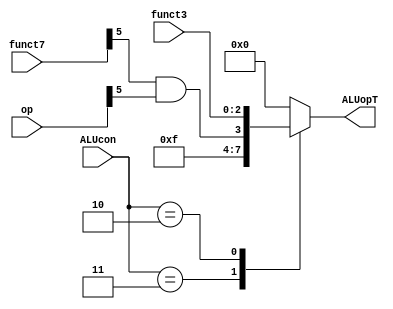
//
module alu_decoder(op,funct3,funct7,ALUcon,ALUopT);
    input [6:0] op;
    input [2:0] funct3;
    input [6:0] funct7;
    input [1:0] ALUcon;
    output reg [3:0] ALUopT;

//parameter [2:0] ADD=3'b000,SUB=3'b001,SLT=3'b010,SLTU=3'b011 

    always@(*)
    begin
      ALUopT=4'b0000;//default
      case(ALUcon)
        2'b00:ALUopT=4'b0000;
        2'b11:ALUopT=4'b1111;
        2'b10:ALUopT={(funct7[5]&op[5]),funct3};
      endcase
    end
endmodule